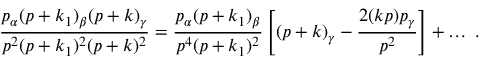
\frac { p _ { \alpha } ( p + k _ { 1 } ) _ { \beta } ( p + k ) _ { \gamma } } { p ^ { 2 } ( p + k _ { 1 } ) ^ { 2 } ( p + k ) ^ { 2 } } = \frac { p _ { \alpha } ( p + k _ { 1 } ) _ { \beta } } { p ^ { 4 } ( p + k _ { 1 } ) ^ { 2 } } \left[ ( p + k ) _ { \gamma } - \frac { 2 ( k p ) p _ { \gamma } } { p ^ { 2 } } \right] + \ldots \; .